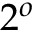
2 ^ { o }